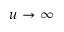
u \rightarrow \infty